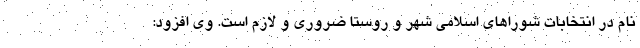
نام در انتخابات شوراهای اسلامی شهر و روستا ضروری و لازم است. وی افزود: